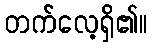
တက်လေ့ရှိ၏။